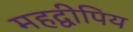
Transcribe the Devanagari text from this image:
महद्वीपिय